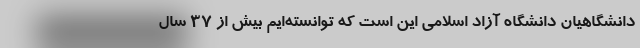
دانشگاهیان دانشگاه آزاد اسلامی این است که توانسته‌ایم بیش از ۳۷ سال